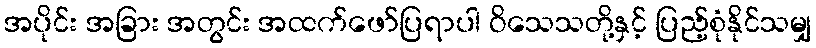
အပိုင်း အခြား အတွင်း အထက်ဖော်ပြရာပါ ဝိသေသတို့နှင့် ပြည့်စုံနိုင်သမျှ